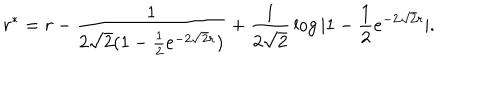
LaTeX: r ^ { * } = r - { \frac { 1 } { 2 \sqrt 2 ( 1 - { \frac { 1 } { 2 } } e ^ { - 2 \sqrt 2 r } ) } } + { \frac { 1 } { 2 \sqrt 2 } } \log | 1 - { \frac { 1 } { 2 } } e ^ { - 2 \sqrt 2 r } | .